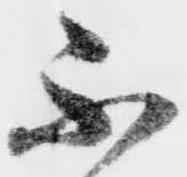
不